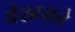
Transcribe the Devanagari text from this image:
बेखमने